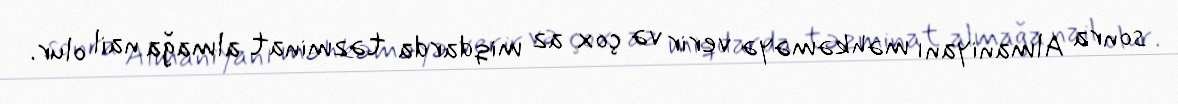
sonra Almaniyanı məhkəməyə verir və çox az miqdarda təzminat almağa nail olur.